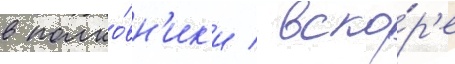
в полко́вн'ик'и / вско́р'е